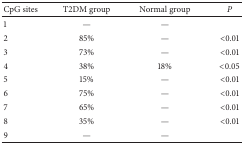
<table><thead><tr><td><b>CpG sites </b></td><td><b>T2DM group</b></td><td><b>Normal group</b></td><td><b><i>P </i></b></td></tr></thead><tbody><tr><td>1 </td><td>—</td><td>—</td><td> </td></tr><tr><td>2 </td><td>85%</td><td>—</td><td>&lt;0.01</td></tr><tr><td>3 </td><td>73%</td><td>—</td><td>&lt;0.01</td></tr><tr><td>4 </td><td>38%</td><td>18%</td><td>&lt;0.05</td></tr><tr><td>5 </td><td>15%</td><td>—</td><td>&lt;0.01</td></tr><tr><td>6 </td><td>75%</td><td>—</td><td>&lt;0.01</td></tr><tr><td>7 </td><td>65%</td><td>—</td><td>&lt;0.01</td></tr><tr><td>8 </td><td>35%</td><td>—</td><td>&lt;0.01</td></tr><tr><td>9 </td><td>— </td><td>—</td><td> </td></tr></tbody></table>